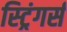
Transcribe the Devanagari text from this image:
स्ट्रिंगर्स